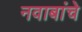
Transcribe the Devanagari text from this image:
नवाबांचे